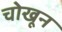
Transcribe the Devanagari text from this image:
चोखून